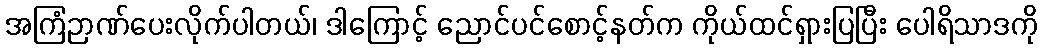
အကြံဉာဏ်ပေးလိုက်ပါတယ်၊ ဒါကြောင့် ညောင်ပင်စောင့်နတ်က ကိုယ်ထင်ရှားပြပြီး ပေါရိသာဒကို